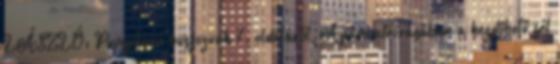
LÁSZLÓ: Pompásan buszozunk 7. oldaláról,„Apám aláírásában a kezdőbetű fél